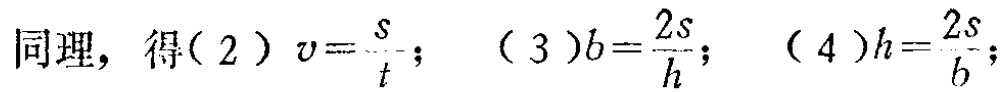
同理，得（2）\(v = \frac{s}{t}\)；（3）\(b = \frac{2s}{h}\)；（4）\(h = \frac{2s}{b}\)；